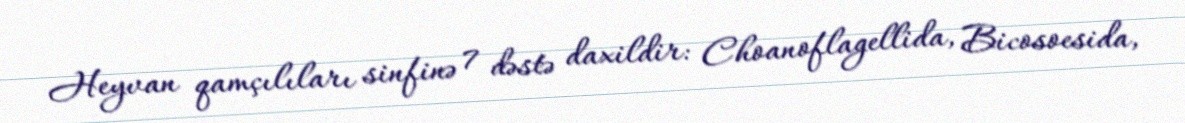
Heyvan qamçılıları sinfinə 7 dəstə daxildir: Choanoflagellida, Bicosoesida,